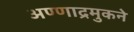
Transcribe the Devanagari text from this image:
अण्णाद्रमुकने